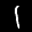
Label: 1